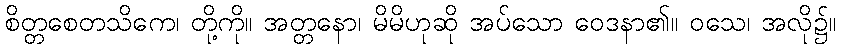
စိတ္တစေတသိကေ၊ တို့ကို။ အတ္တနော၊ မိမိဟုဆို အပ်သော ဝေဒနာ၏။ ဝသေ၊ အလို၌။